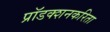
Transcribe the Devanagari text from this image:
प्रॉडक्शनकरिता